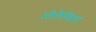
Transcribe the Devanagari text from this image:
ज़ीलैण्डिया